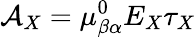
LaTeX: \mathcal{A}_{X}=\mu_{\beta\alpha}^{0}E_{X}\tau_{X}